Leaving Certificate Examination (including Day School Certificate (Higher) General paper), 1930
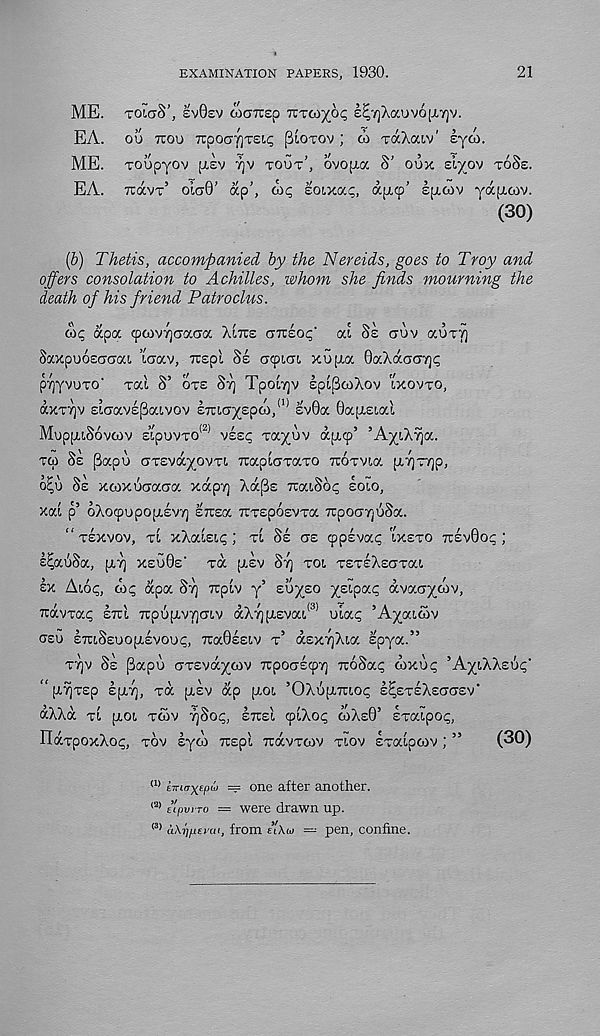
EXAMINATION PAPERS, 1930.
21
ME. TOLOS’, ev0£v coaTrep Tcxoi^op £^-/]Xauv6[J.7)v.
EA. 00 TCOU 7rpocyf]T£i<; ^LOTOV ; w xaXaLv' lyto.
ME. TOUpyOV p,£v 7]v TOOT’, ovopia S’ OOX Eiyov TOSE.
EA. TCOCVT’ olc>0’ dcp’, CAC, EOLXOCI;, dpicp’ Eptcov ydptcov.
(30)
(5) Thetis, accompanied by the Nereids, goes to Troy and
offers consolation to Achilles, whom she finds mourning the
death of his friend Patroclus.
wp dpa cpcovrjaaaa XITIE crTtEop’ ca SE crov aoxv]
SaxpooEcrcrai taav, TTEpl SE atpiai xopia 0aXdac77]p
pTjyvoTO' xal S’ OTE STJ Tpoiyjv spifikoAov IXOVTO,
dxT7)v EicravEjSaivov £7acry£pd), (1) sv0a 0apiEial
MuppuSovcov EipovTO (2) VEEP Tayov d[X9’ ’AyiX^a.
TCO SE (3apo ciTEvdyovT!. iraptcrTaTO TCOxvia pt,7]T7]p,
o^b SE XOOXoaaaa xdpTj AdjSs TratSop EOIO,
XOCl p’ oXocpopOpiEVT) E7CECC TTTEpOEVTOC TTpOaTjoSa.
“TEXVOV, TL xXaisip; TI SE as cppsvap LXETO 7r£v0op ;
s^aoSa, [XT] XEO0E' TOC p.£v ST] TOI TSTEAECTTGCC
EX Acop, cop dpoc Sv) TTpcv y’ soyso X £ ''P a ? dvocaycov,
xavTap ETCL TrpopLvyjCTLv aX^pCEvac ocap Ayaicov
CEO ETCcSsoopiEvoop, 7ra0££LV T’ dEX7]Xia spyoc.”
T7]v SE [3apo uTEvdycov irpooEcpi) iroSap wxop ’AycAXsop'
“[xyTsp ££X7), xd piEv dp [xoc ’OXopiTuop E^ETEXECTCJEV’
dXXd xc ptoi xoov TjSop, ETCEC ipcXop COXE0’ Exacpop,
ndxpoxXop, xov syco Ttspl Ttdvxcov xcov Exacpcov; ”
(30)
p> kmnyfepto == one after another.
l2) etpvno — were drawn up.
<3> aXrjpeyai, from e'\w — pen, confine.